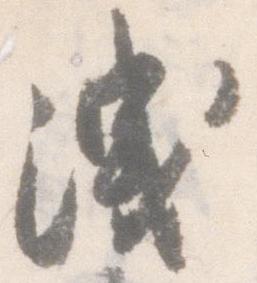
洩